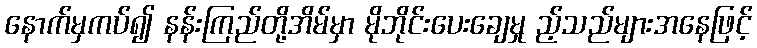
နောက်မှကပ်၍ နန်းကြည်တို့အိမ်မှာ မိုဘိုင်းပေးချေမှု ည့်သည်များအနေဖြင့်